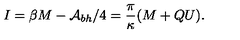
I = \beta M - { \cal A } _ { b h } / 4 = \frac { \pi } { \kappa } ( M + Q U ) .